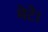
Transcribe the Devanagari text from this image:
मेटे।